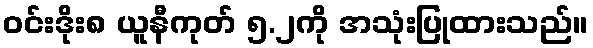
ဝင်းဒိုး၈ ယူနီကုတ် ၅.၂ကို အသုံးပြုထားသည်။